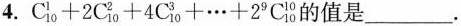
4.$$C_{10}^{1}+2C_{10}^{2}+4C_{10}^{3}+\cdots+2^{9}C_{10}^{10}$$的值是___.